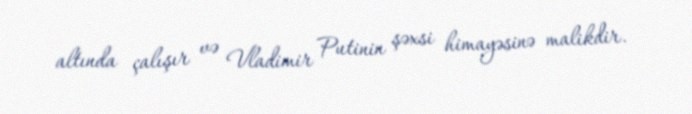
altında çalışır və Vladimir Putinin şəxsi himayəsinə malikdir.